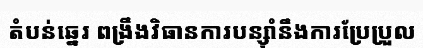
តំបន់ឆ្នេរ ពង្រឹងវិធានការបន្ស៊ាំនឹងការប្រែប្រួល